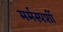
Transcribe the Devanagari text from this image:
मर्मस्‍पर्शी